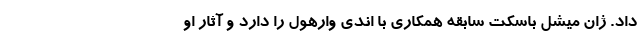
داد. ژان میشل باسکت سابقه همکاری با اندی وارهول را دارد و آثار او